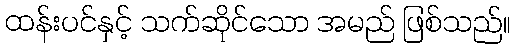
ထန်းပင်နှင့် သက်ဆိုင်သော အမည် ဖြစ်သည်။